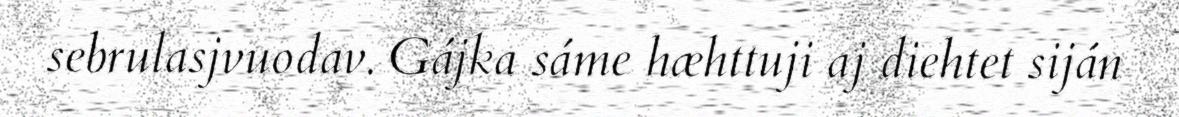
sebrulasjvuodav. Gájka sáme hæhttuji aj diehtet siján